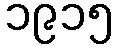
၁၉၁၅